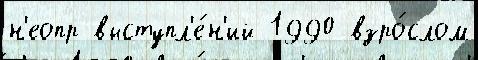
н'еопр выступл'е́н'ий 1990 взро́слом